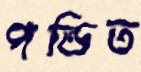
পন্ডিত